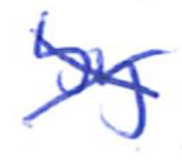
Text: by
Cross-out: cross
Writing tool: ballpoint